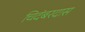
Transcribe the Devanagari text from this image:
चिदंबरदास